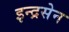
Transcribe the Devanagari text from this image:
इन्द्रसेन